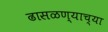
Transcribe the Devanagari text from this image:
ढासळण्याच्या